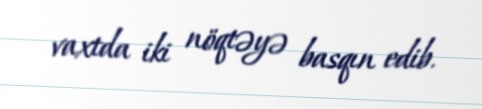
vaxtda iki nöqtəyə basqın edib.